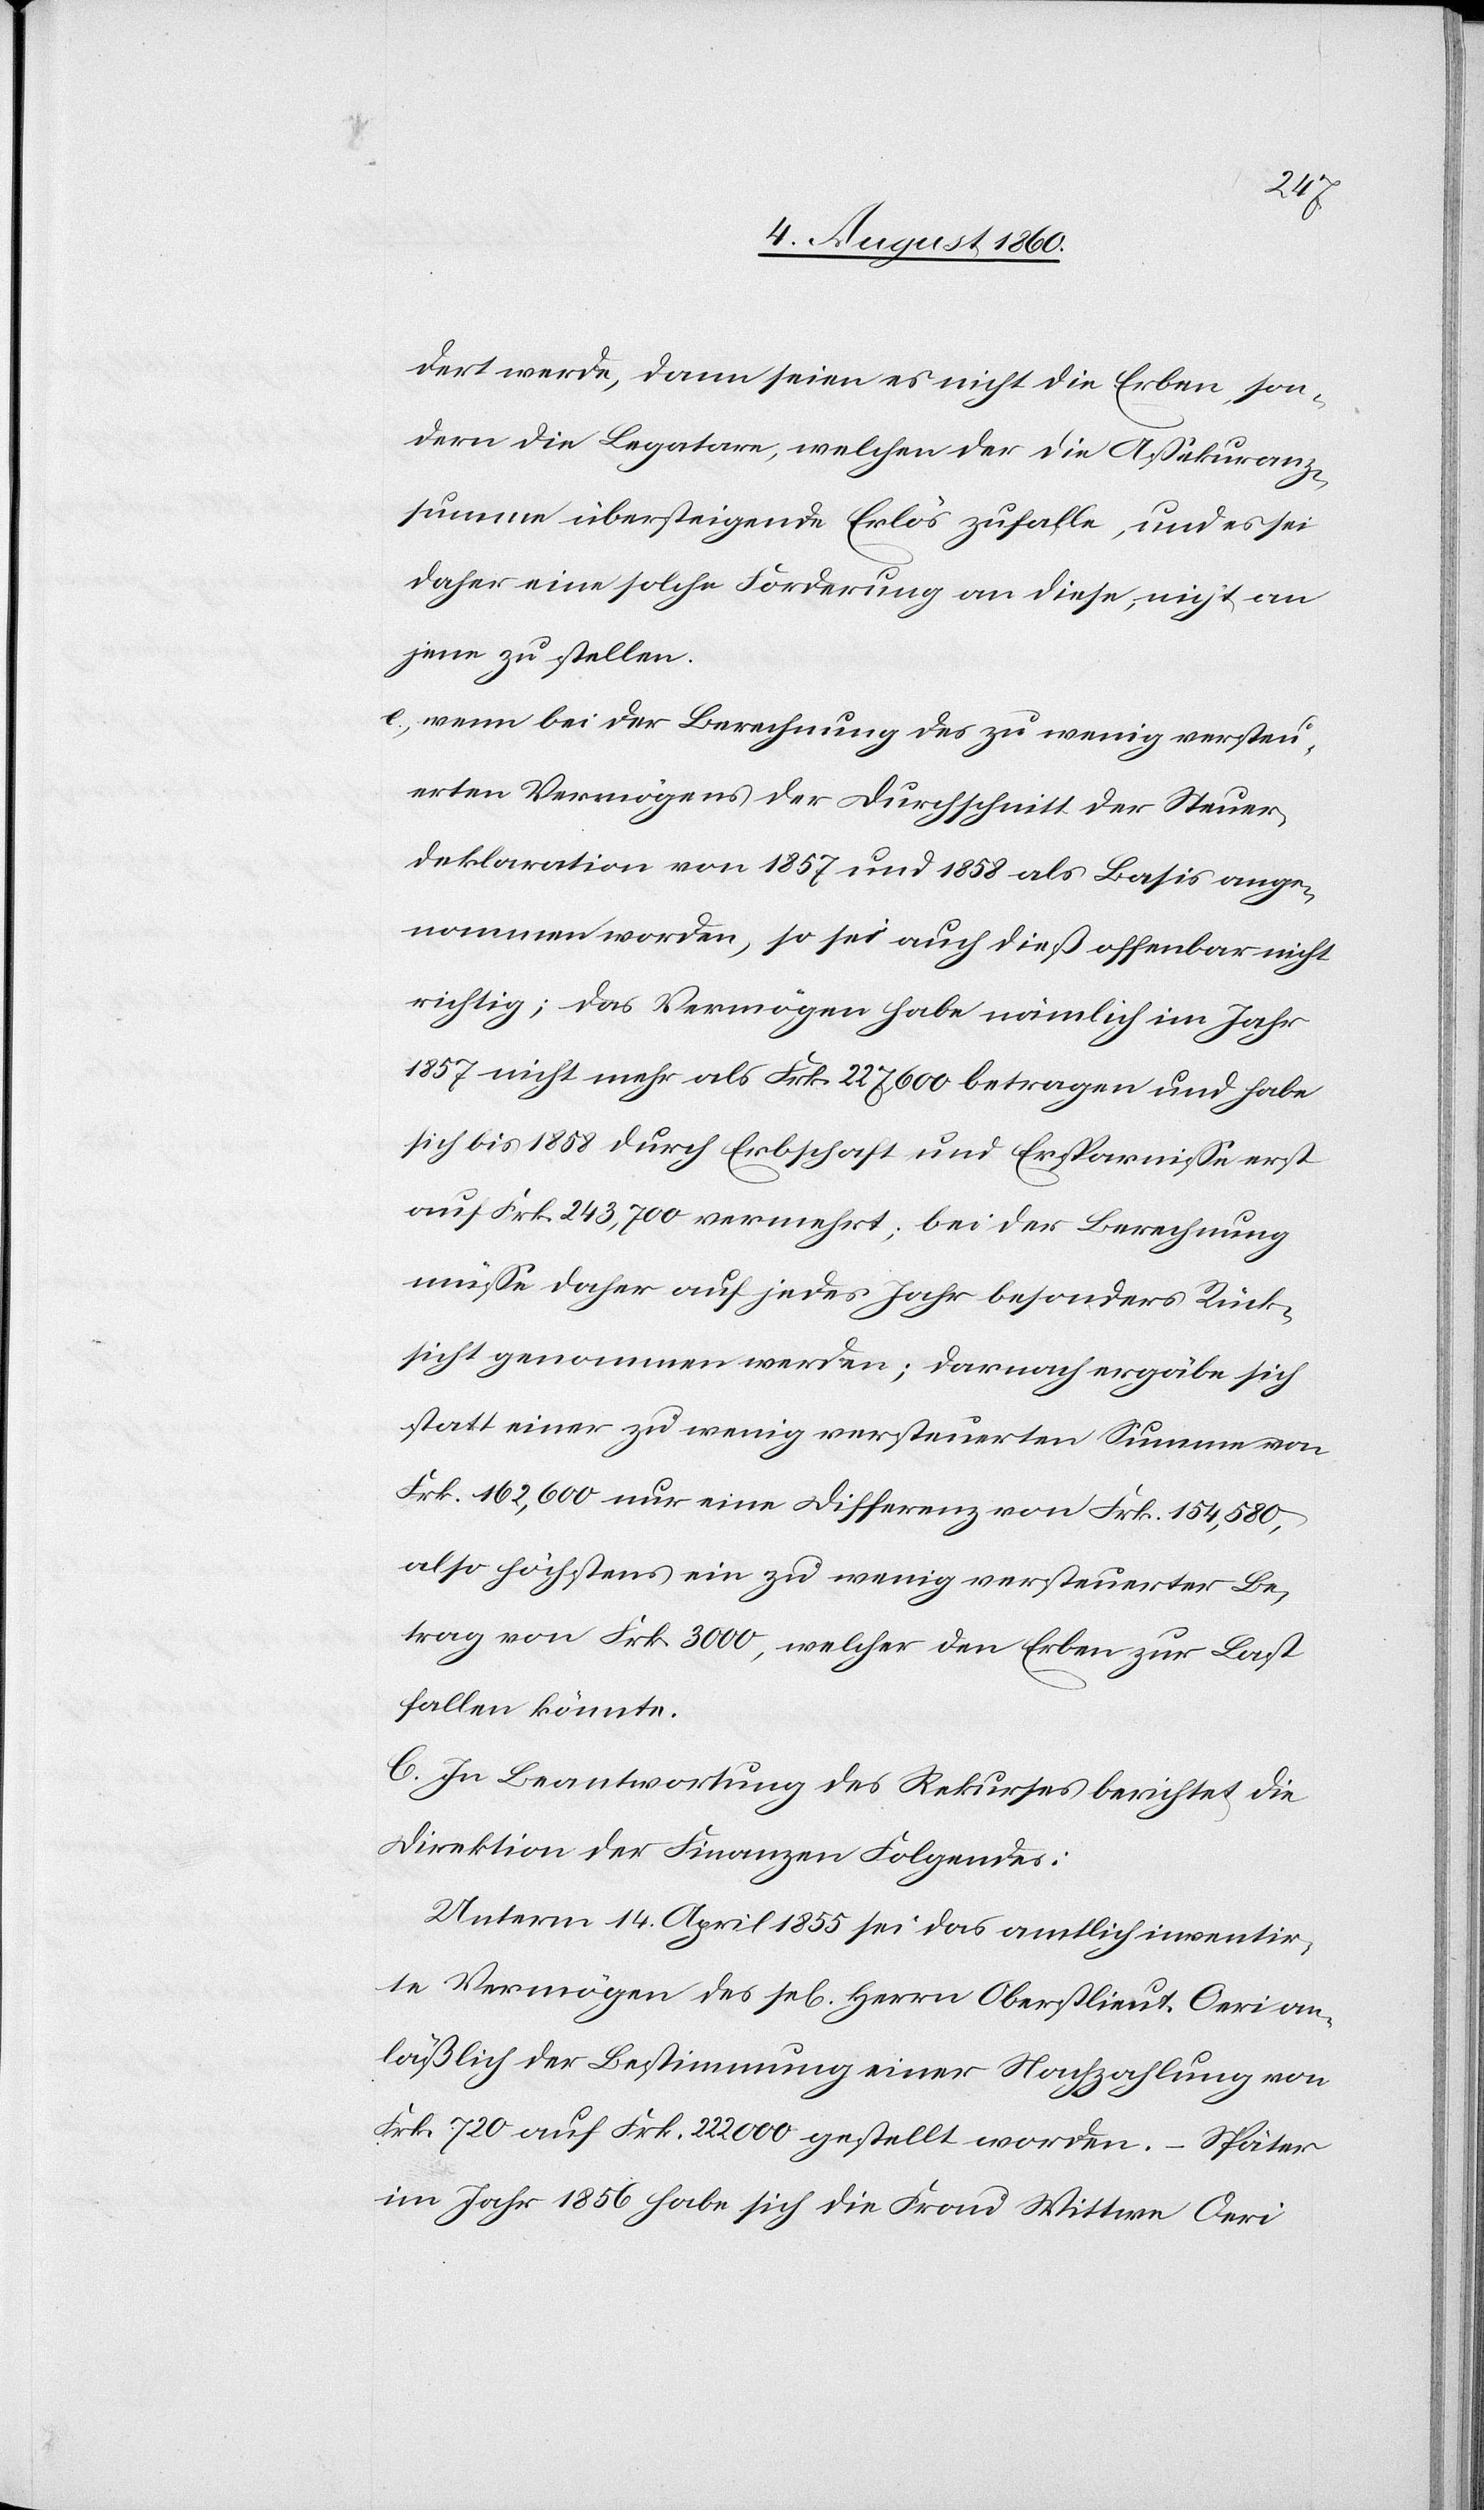
isir¬
dert werde, dann seien es nicht die Erben, son¬
dern die Legataren, welchen der die Assekuranz¬
summe übersteigende Erlös zufalle und es sei
daher eine solche Forderung an diese, nicht an
jene zu stellen.
e) wenn bei der Berechnung des zu wenig versteu¬
erten Vermögens der Durchschnitt der Steuer¬
deklaration von 1857 u. 1858 als Basis ange¬
nommen worden, so sei auch diess offenbar nicht
richtig; das Vermögen habe nämlich im Jahr
1857 nicht mehr als fcs. 227,600 betragen und habe
sich bis 1858 durch Erbschaft und Ersparnisse erst
auf fcs. 243,700 vermehrt; bei der Berechnung
müsse daher auf jedes Jahr besonders Rück¬
sicht genommen werden; dernach ergebe sich
statt einer zu wenig versteuerten Summe von
fcs. 162,600 nur eine Differenz von fcs. 154,580,
also höchstens ein zu wenig versteuerter Be¬
trag von fcs. 3000, welcher den Erben zur Last
fallen könnte.
C. In Beantwortung des Rekurses berichtet die
Direktion der Finanzen Folgendes:
Unterm 14. April 1855 sei das amtlich inventar¬
te Vermögen des sel. Herrn Oberstl. Oeri an¬
lässlich der Bestimmung einer Nachzahlung von
fcs. 720 auf fcs. 222,000 gestellt worden. Später
im Jahr 1856 habe sich die Frau Wittwe